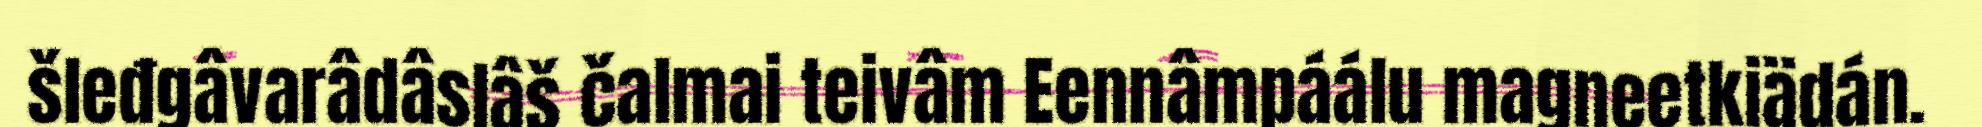
šleđgâvarâdâslâš čalmai teivâm Eennâmpáálu magneetkiädán.